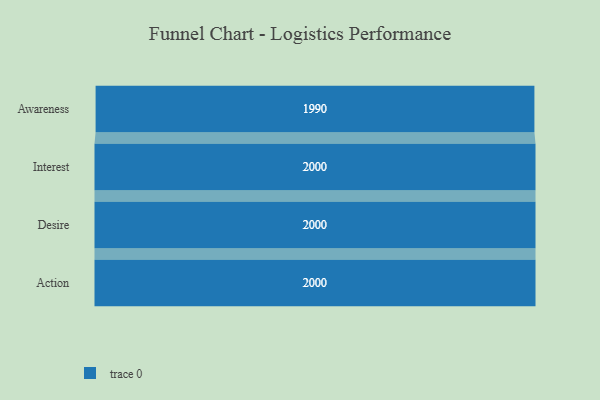
{"axis": {"x": "Stage", "y": "Value"}, "legend": [""], "data": [{"x": "Awareness", "y": 1990.0, "type": ""}, {"x": "Interest", "y": 2000, "type": ""}, {"x": "Desire", "y": 2000, "type": ""}, {"x": "Action", "y": 2000, "type": ""}]}